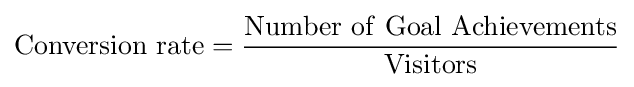
\mathrm {Conversion\ rate} ={\frac {\mathrm {Number\ of\ Goal\ Achievements} }{\mathrm {Visitors} }}